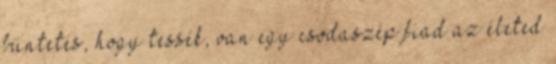
büntetés, hogy tessék, van egy csodaszép fiad az életed